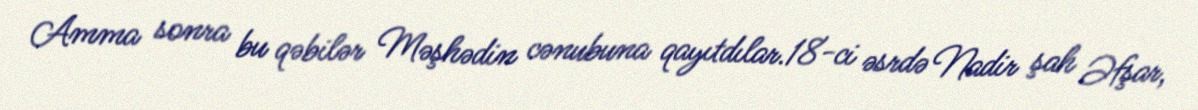
Amma sonra bu qəbilər Məşhədin cənubuna qayıtdılar.18-ci əsrdə Nadir şah Əfşar,